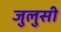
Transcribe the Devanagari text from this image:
जुलुसी